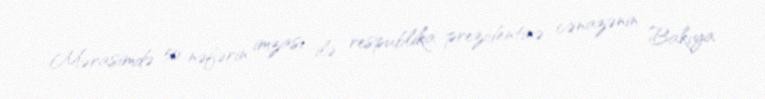
Mərasimdə 50 nəfərin imzası ilə respublika prezidentinə cənazənin Bakıya